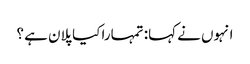
انہوں نے کہا: تمہارا کیا پلان ہے ؟